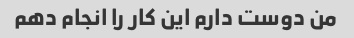
من دوست دارم این کار را انجام دهم